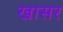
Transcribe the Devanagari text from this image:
खासर